Indian journal of veterinary science and animal husbandry - Volumes 28-29, 1958-1959
Year: 1958
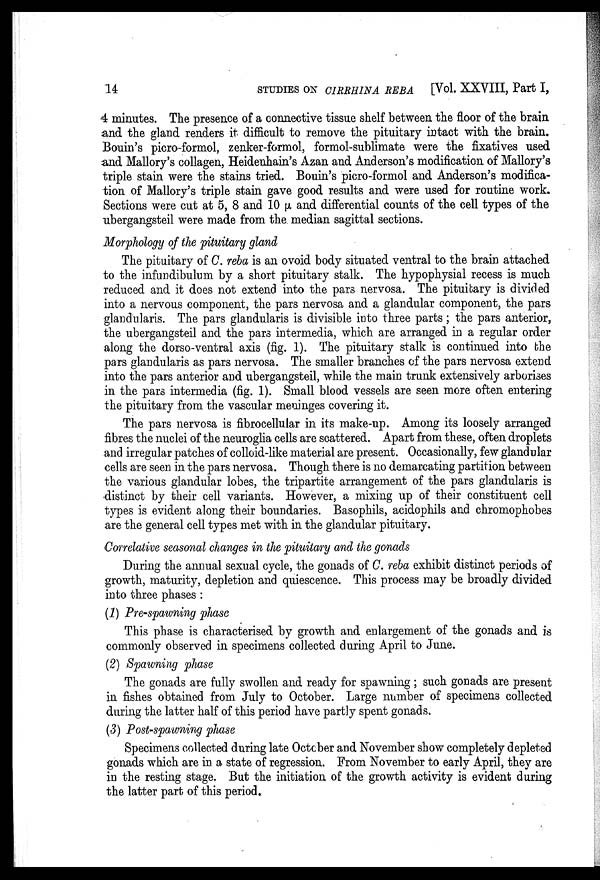
14
STUDIES ON CIRRHINA REBA [Vol. XXVIII, Part I,
4 minutes. The presence of a connective tissue shelf between the floor of the brain
and the gland renders it difficult to remove the pituitary intact with the brain.
Bouin's picro-formol, zenker-formol, formol-sublimate were the fixatives used
and Mallory's collagen, Heidenhain's Azan and Anderson's modification of Mallory's
triple stain were the stains tried. Bouin's picro-formol and Anderson's modifica-
tion of Mallory's triple stain gave good results and were used for routine work.
Sections were cut at 5, 8 and 10 µ and differential counts of the cell types of the
ubergangsteil were made from the median sagittal sections.
Morphology of the pituitary gland
The pituitary of C. reba is an ovoid body situated ventral to the brain attached
to the infundibulum by a short pituitary stalk. The hypophysial recess is much
reduced and it does not extend into the pars nervosa. The pituitary is divided
into a nervous component, the pars nervosa and a glandular component, the pars
glandularis. The pars glandularis is divisible into three parts ; the pars anterior,
the ubergangsteil and the pars intermedia, which are arranged in a regular order
along the dorso-ventral axis (fig. 1). The pituitary stalk is continued into the
pars glandularis as pars nervosa. The smaller branches of the pars nervosa extend
into the pars anterior and ubergangsteil, while the main trunk extensively arborises
in the pars intermedia (fig. 1). Small blood vessels are seen more often entering
the pituitary from the vascular meninges covering it.
The pars nervosa is fibrocellular in its make-up. Among its loosely arranged
fibres the nuclei of the neuroglia cells are scattered. Apart from these, often droplets
and irregular patches of colloid-like material are present. Occasionally, few glandular
cells are seen in the pars nervosa. Though there is no demarcating partition between
the various glandular lobes, the tripartite arrangement of the pars glandularis is
distinct by their cell variants. However, a mixing up of their constituent cell
types is evident along their boundaries. Basophils, acidophils and chromophobes
are the general cell types met with in the glandular pituitary.
Correlative seasonal changes in the pituitary and the gonads
During the annual sexual cycle, the gonads of C. reba exhibit distinct periods of
growth, maturity, depletion and quiescence. This process may be broadly divided
into three phases :
(1) Pre-spawning phase
This phase is characterised by growth and enlargement of the gonads and is
commonly observed in specimens collected during April to June.
(2) Spawning phase
The gonads are fully swollen and ready for spawning ; such gonads are present
in fishes obtained from July to October. Large number of specimens collected
during the latter half of this period have partly spent gonads.
(3) Post-spawning phase
Specimens collected during late October and November show completely depleted
gonads which are in a state of regression. From November to early April, they are
in the resting stage. But the initiation of the growth activity is evident during
the latter part of this period.